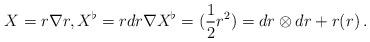
LaTeX: \begin{align*} X = r\nabla r, X^{\flat} = r dr \nabla X^{\flat} = (\frac 12 r^2) = dr\otimes dr + r (r)\, .\end{align*}